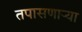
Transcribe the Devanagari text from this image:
तपासणार्‍या